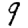
Digit: 9